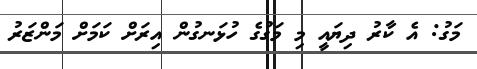
މަގު: އެ ކާރު ދިޔައީ މި މަގުގެ ހުޅަނގުން އިރަށް ކަމަށް މަންޒަރު